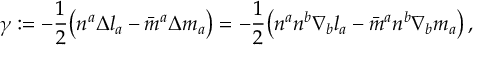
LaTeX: \gamma : = - { \frac { 1 } { 2 } } { \big ( } n ^ { a } \Delta l _ { a } - { \bar { m } } ^ { a } \Delta m _ { a } { \big ) } = - { \frac { 1 } { 2 } } { \big ( } n ^ { a } n ^ { b } \nabla _ { b } l _ { a } - { \bar { m } } ^ { a } n ^ { b } \nabla _ { b } m _ { a } { \big ) } \, ,